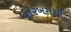
તોરખમથી